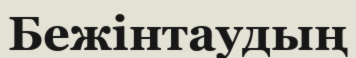
Бежінтаудың